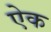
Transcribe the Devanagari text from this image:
एेक